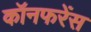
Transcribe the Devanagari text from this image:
कॉनफरेंस